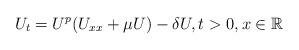
LaTeX: \begin{align*}U_{t}=U^{p}(U_{xx}+\mu U)-\delta U, t>0, x\in \mathbb{R}\end{align*}